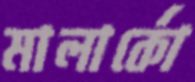
মালার্কো